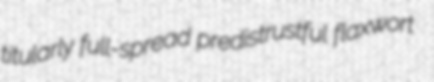
titularly full-spread predistrustful flaxwort